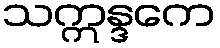
သဣန္ဒကေ